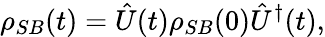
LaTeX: \rho_{SB}(t)={\hat{U}}(t)\rho_{SB}(0){\hat{U}}^{\dagger}(t),